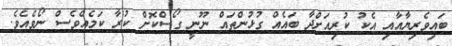
ބައިވެރިޔާއާއި އެކު ކުރިއަށްދާ ބައެއް ގުޅުންތައް ނޫނީ ގޯސްކޮށް ކުރާ ކަމެއްވެސް ނޯވެއެވެ.